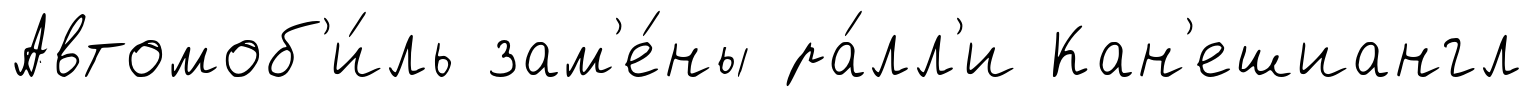
Автомоб'и́ль зам'е́ны ра́лл'и Кан'ешиангл